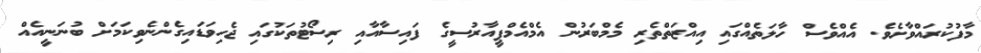
މާފުކުރައްވާށެވެ. އެއްވެސް ހާލަތެއްގައި އިއްޒަތްތެރި މެމްބަރުން އެމްއެމްޕީއާރުސީގެ ފައިސާއާއި ރިސޯޓުތަކުގައި ޖެހިވަޑައިގެންނެވިކަމަށް ބުނަނީއެއް